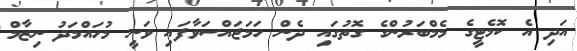
އަދި އެ ކޮމެޓީގެ މެމްބަރުންގެ ގޮތުގައި ދެން ހަމަޖައްސަވާފައި ވަނީ މުހައްމަދު ނިޒާމް